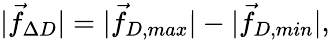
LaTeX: |\vec{f}_{\Delta D}|=|\vec{f}_{D,max}|-|\vec{f}_{D,min}|,